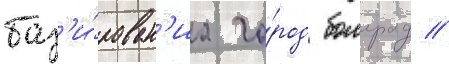
баз'и́рован'иа го́род болград //